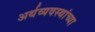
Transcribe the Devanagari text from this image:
अर्थव्यवस्थांच्या